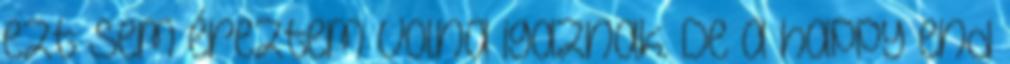
ezt sem éreztem volna igaznak. De a happy end